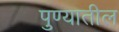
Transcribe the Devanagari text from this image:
पुण्‍यातील